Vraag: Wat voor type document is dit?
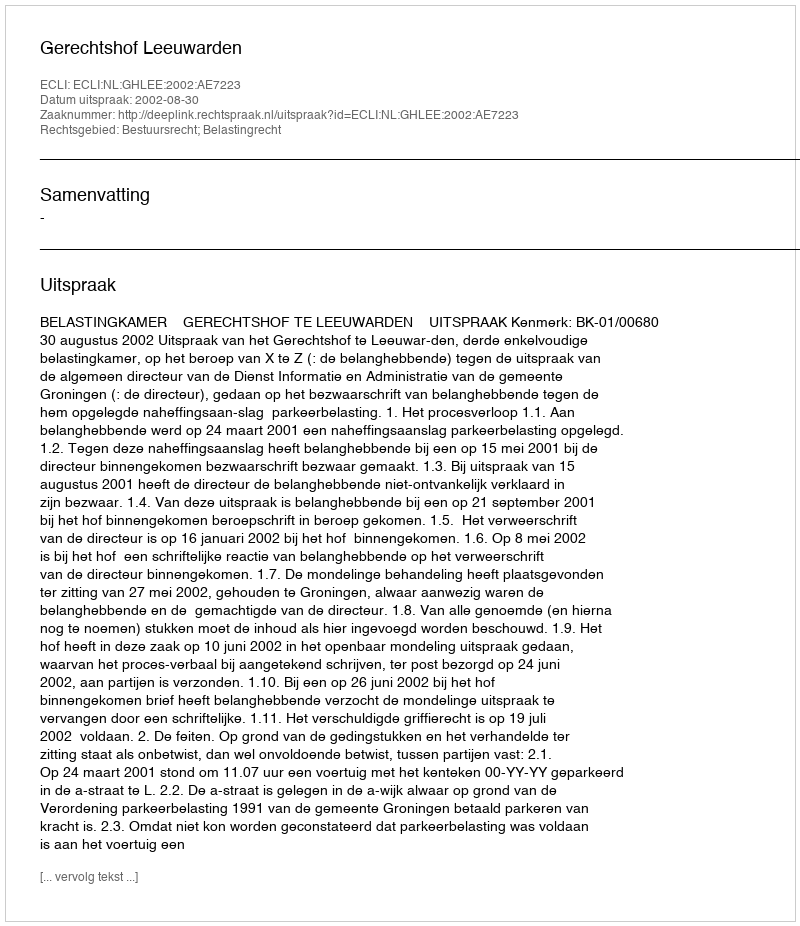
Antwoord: Uitspraak